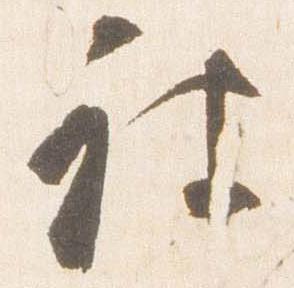
被